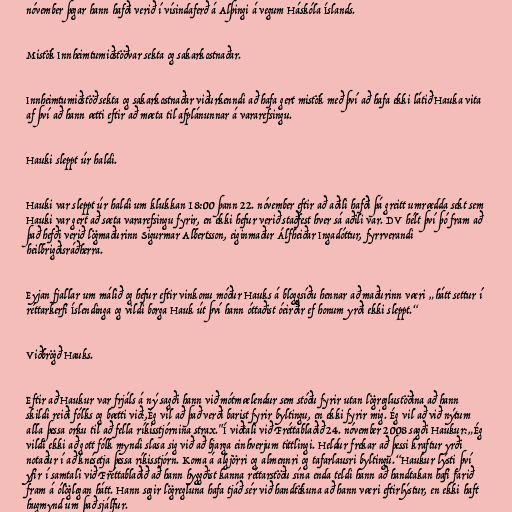
nóvember þegar hann hafði verið í vísindaferð á Alþingi á vegum Háskóla Íslands.

Mistök Innheimtumiðstöðvar sekta og sakarkostnaðar.

Innheimtumiðstöð sekta og sakarkostnaðar viðurkenndi að hafa gert mistök með því að hafa ekki látið Hauka vita
af því að hann ætti eftir að mæta til afplánunnar á vararefsingu.

Hauki sleppt úr haldi.

Hauki var sleppt úr haldi um klukkan 18:00 þann 22. nóvember eftir að aðili hafði þá greitt umrædda sekt sem
Hauki var gert að sæta vararefsingu fyrir, en ekki hefur verið staðfest hver sá aðili var. DV hélt því þó fram að
það hefði verið lögmaðurinn Sigurmar Albertsson, eiginmaður Álfheiðar Ingadóttur, fyrrverandi
heilbrigðisráðherra.

Eyjan fjallar um málið og hefur eftir vinkonu móður Hauks á bloggsíðu hennar að maðurinn væri „hátt settur í
réttarkerfi Íslendinga og vildi borga Hauk út því hann óttaðist óeirðir ef honum yrði ekki sleppt.“

Viðbrögð Hauks.

Eftir að Haukur var frjáls á ný sagði hann við mótmælendur sem stóðu fyrir utan lögreglustöðina að hann
skildi reiði fólks og bætti við:,Ég vil að það verði barist fyrir byltingu, en ekki fyrir mig. Ég vil að við nýtum
alla þessa orku til að fella ríkisstjórnina strax."Í viðtali við Fréttablaðið 24. nóvember 2008 sagði Haukur:„Ég
vildi ekki að gott fólk myndi slasa sig við að bjarga einhverjum tittlingi. Heldur frekar að þessi kraftur yrði
notaður í að knésetja þessa ríkisstjórn. Koma á algjörri og almennri og tafarlausri byltingu.“Haukur lýsti því
yfir í samtali við Fréttablaðið að hann hyggðist kanna réttarstöðu sína enda teldi hann að handtakan hafi farið
fram á ólöglegan hátt. Hann segir lögregluna hafa tjáð sér við handtökuna að hann væri eftirlýstur, en ekki haft
hugmynd um það sjálfur.